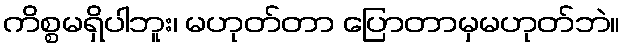
ကိစ္စမရှိပါဘူး၊ မဟုတ်တာ ပြောတာမှမဟုတ်ဘဲ။